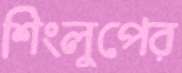
শিংলুপের